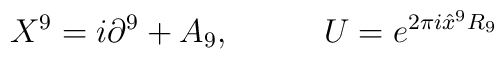
X^9 = i \partial^9 + A_9, \;\;\;\;\; \;\;\;\;\;U = e^{2 \pi i\hat{x}^9 R_9}